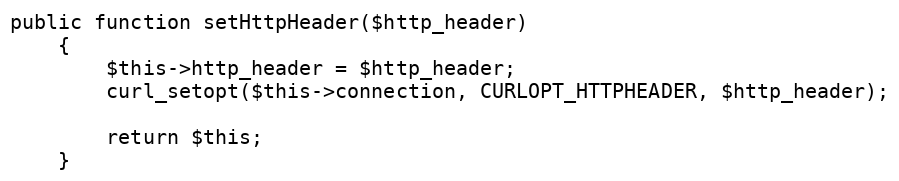
Language: PHP
public function setHttpHeader($http_header)
    {
        $this->http_header = $http_header;
        curl_setopt($this->connection, CURLOPT_HTTPHEADER, $http_header);

        return $this;
    }